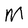
Character: M